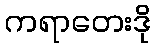
ကရာတေးဒို